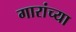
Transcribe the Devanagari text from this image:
गारांच्या